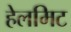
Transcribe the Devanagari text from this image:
हेलमिट